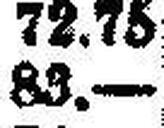
83.—